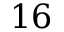
1 6